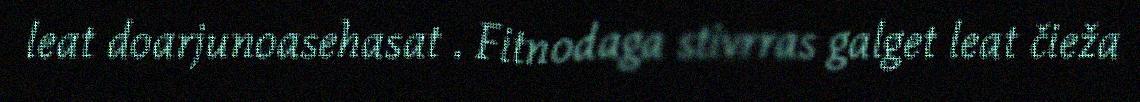
leat doarjunoasehasat . Fitnodaga stivrras galget leat čieža